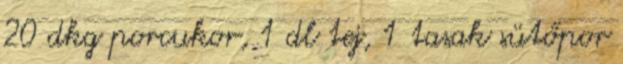
20 dkg porcukor, 1 dl tej, 1 tasak sütőpor